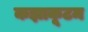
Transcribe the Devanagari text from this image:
कझाकूटम